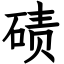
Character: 碛